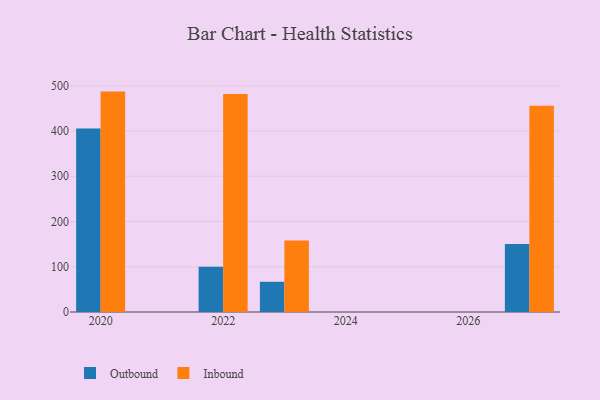
{"axis": {"x": "Year", "y": "Churn Rate (%)"}, "legend": ["Inbound", "Outbound"], "data": [{"x": "2027", "y": 150.3, "type": "Outbound"}, {"x": "2027", "y": 455.6, "type": "Inbound"}, {"x": "2022", "y": 100.2, "type": "Outbound"}, {"x": "2022", "y": 481.8, "type": "Inbound"}, {"x": "2023", "y": 66.8, "type": "Outbound"}, {"x": "2023", "y": 158.0, "type": "Inbound"}, {"x": "2020", "y": 405.4, "type": "Outbound"}, {"x": "2020", "y": 487.1, "type": "Inbound"}]}